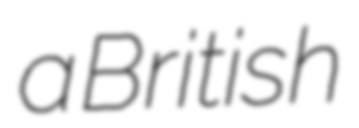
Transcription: a British